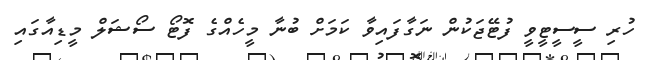
ހުރި ސީސީޓީވީ ފުޓޭޖަކުން ނަގާފައިވާ ކަމަށް ބުނާ މީހެއްގެ ފޮޓޯ ސޯޝަލް މީޑިއާގައި